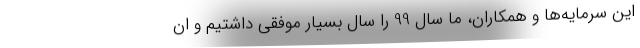
این سرمایه‌ها و همکاران، ما سال 99 را سال بسیار موفقی داشتیم و ان